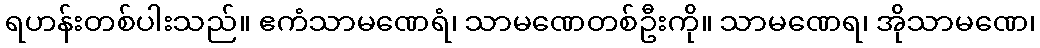
ရဟန်းတစ်ပါးသည်။ ဧကံသာမဏေရံ၊ သာမဏေတစ်ဦးကို။ သာမဏေရ၊ အိုသာမဏေ၊